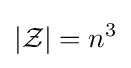
|{\mathcal {Z}}|=n^{3}